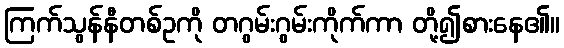
ကြက်သွန်နီတစ်ဥကို တဂွမ်းဂွမ်းကိုက်ကာ တို့၍စားနေ၏။